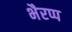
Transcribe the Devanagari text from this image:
भैरप्प